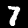
Label: 7